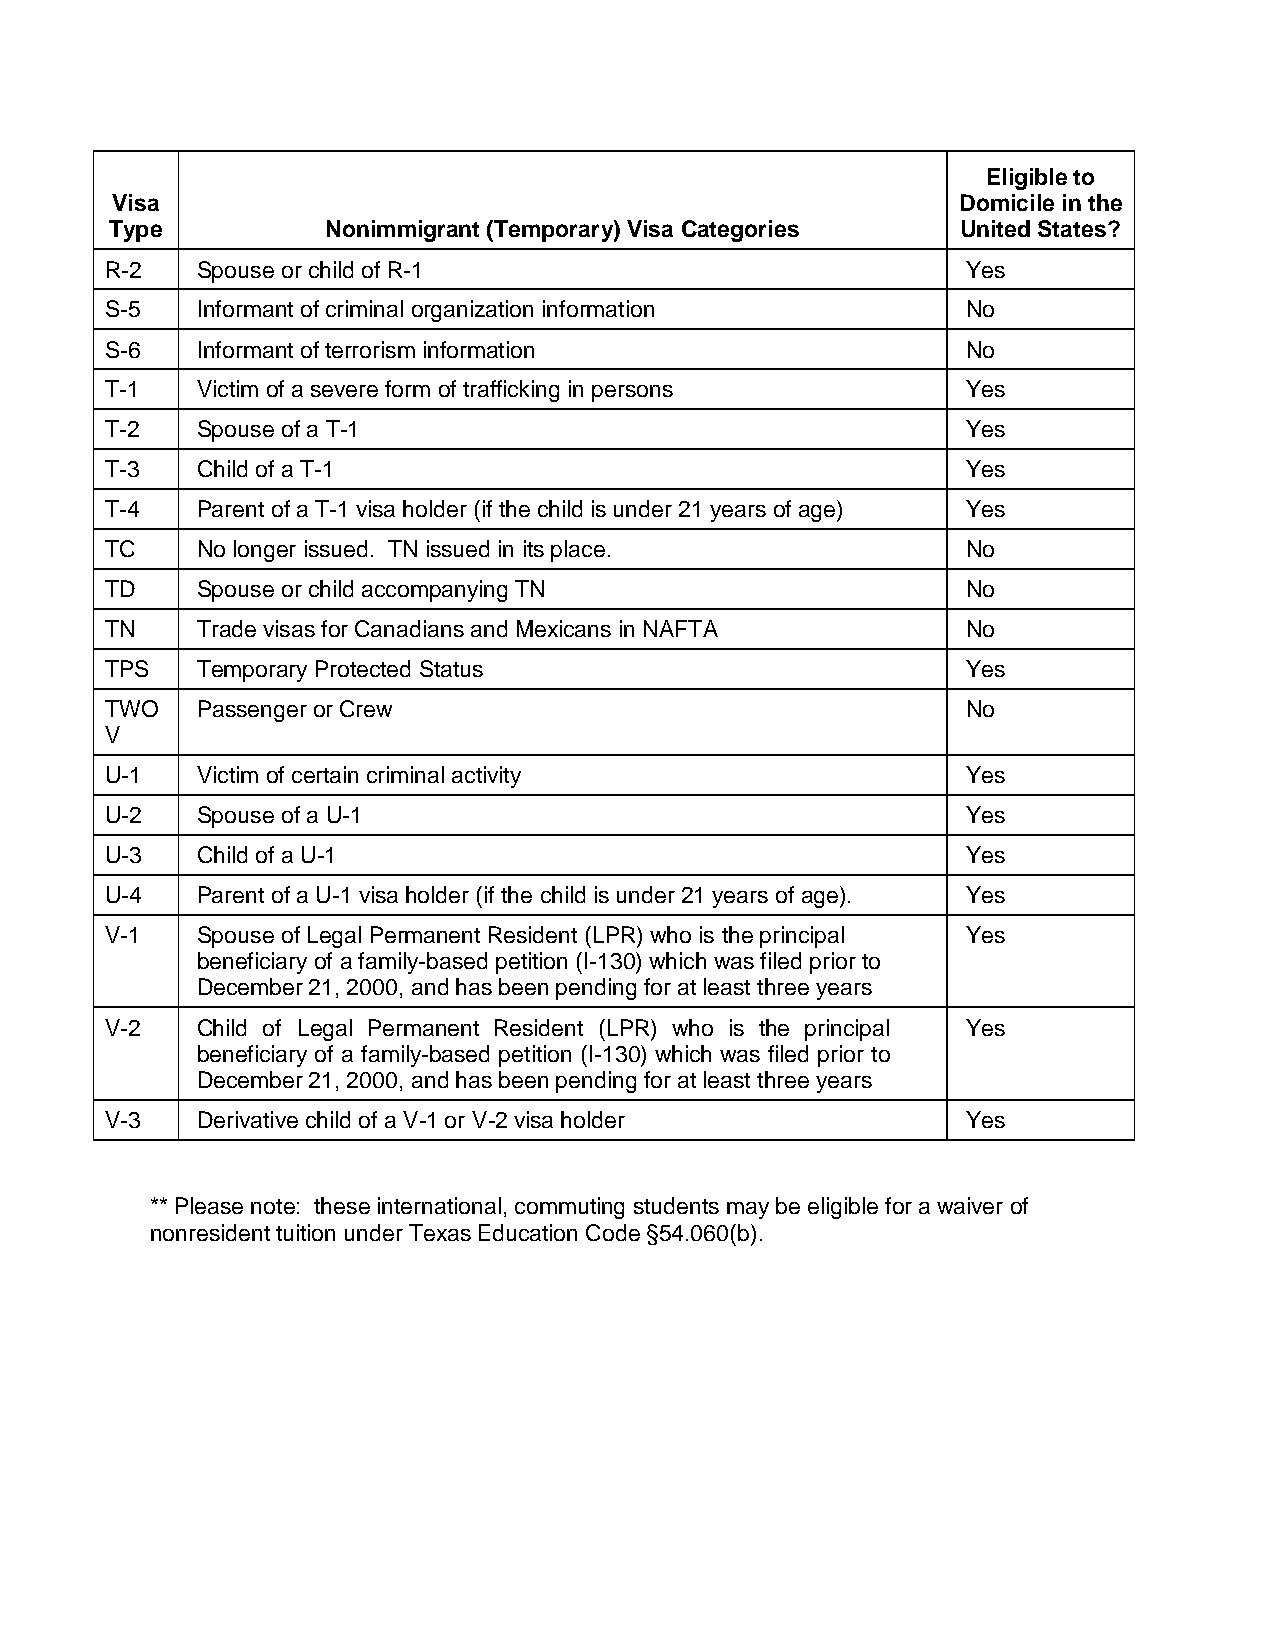
Eligible to
 Visa                                                     Domicile in the
 Type           Nonimmigrant (Temporary) Visa Categories  United States?
 R-2   Spouse or child of R-1                             Yes
 S-5   Informant of criminal organization information     No
 S-6   Informant of terrorism information                 No
 T-1   Victim of a severe form of trafficking in persons  Yes
 T-2   Spouse of a T-1                                    Yes
 T-3   Child of a T-1                                     Yes
 T-4   Parent of a T-1 visa holder (if the child is under 21 years of age) Yes
 TC    No longer issued. TN issued in its place.          No
 TD    Spouse or child accompanying TN                    No
 TN    Trade visas for Canadians and Mexicans in NAFTA    No
 TPS   Temporary Protected Status                         Yes
 TWO   Passenger or Crew                                  No
 V
 U-1   Victim of certain criminal activity                Yes
 U-2   Spouse of a U-1                                    Yes
 U-3   Child of a U-1                                     Yes
 U-4   Parent of a U-1 visa holder (if the child is under 21 years of age). Yes
 V-1   Spouse of Legal Permanent Resident (LPR) who is the principal Yes
 beneficiary of a family-based petition (I-130) which was filed prior to
 December 21, 2000, and has been pending for at least three years
 V-2   Child of Legal Permanent Resident (LPR) who is the principal Yes
 beneficiary of a family-based petition (I-130) which was filed prior to
 December 21, 2000, and has been pending for at least three years
 V-3   Derivative child of a V-1 or V-2 visa holder       Yes
 ** Please note: these international, commuting students may be eligible for a waiver of
 nonresident tuition under Texas Education Code §54.060(b).